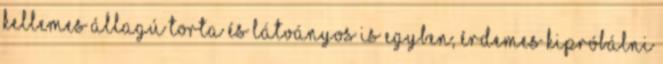
kellemes állagú torta és látványos is egyben, érdemes kipróbálni